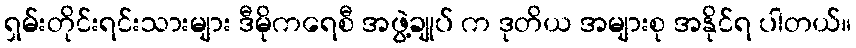
ရှမ်းတိုင်းရင်းသားများ ဒီမိုကရေစီ အဖွဲ့ချုပ် က ဒုတိယ အများစု အနိုင်ရ ပါတယ်။